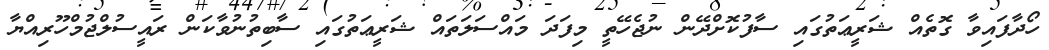
ހޯދާފައިވާ ގޮތެއް ޝަރީޢަތުގައި ސާފުކޮށްދޭން ނުޖެހޭތީ މިފަދަ މައްސަލަތައް ޝަރީޢަތުގައި ސާބިތުނުވާކަން ރައީސުލްޖުމްހޫރިއްޔާ